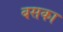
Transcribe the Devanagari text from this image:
बसका